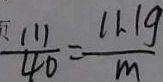
\frac { 1 1 1 } { 4 0 } = \frac { 1 1 . 1 g } { m }